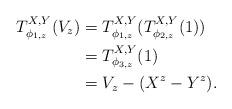
LaTeX: \begin{align*} T^{X,Y}_{\phi_{1,z}}(V_z) &= T^{X,Y}_{\phi_{1,z}}(T^{X,Y}_{\phi_{2,z}}(1))\\ &= T^{X,Y}_{\phi_{3,z}}(1)\\ &= V_z-(X^z-Y^z). \end{align*}